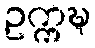
ဥက္ကဍ္ဎ